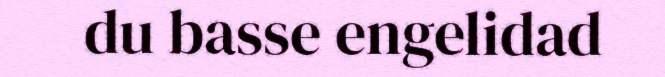
du basse engelidad